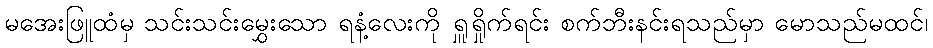
မအေးဖြူထံမှ သင်းသင်းမွှေးသော ရနံ့လေးကို ရှူရှိုက်ရင်း စက်ဘီးနင်းရသည်မှာ မောသည်မထင်၊